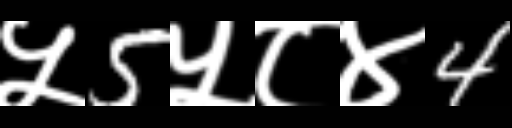
Text: ५5५८४4